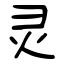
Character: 灵